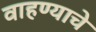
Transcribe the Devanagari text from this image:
वाहण्याचे